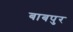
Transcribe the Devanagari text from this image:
बाबपुर